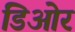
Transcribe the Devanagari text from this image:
डिओर